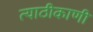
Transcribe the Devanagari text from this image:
त्याठीकाणी